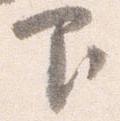
下